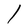
Character: l